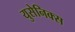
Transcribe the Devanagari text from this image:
युसेनिक्स